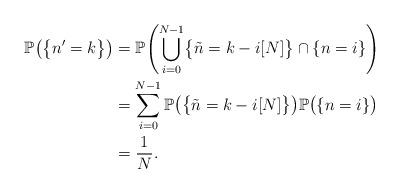
LaTeX: \begin{align*}\mathbb{P}\bigl(\bigl\lbrace n'=k\bigr\rbrace\bigr)&=\mathbb{P}\Biggl(\bigcup_{i=0}^{N-1}\bigl\lbrace\tilde{n}=k-i[N]\bigr\rbrace\cap\lbrace n=i\rbrace\Biggr)\\&=\sum_{i=0}^{N-1}\mathbb{P}\bigl(\bigl\lbrace\tilde{n}=k-i[N]\bigr\rbrace\bigr)\mathbb {P}\bigl(\lbrace n=i\rbrace\bigr)\\&=\frac{1}{N}.\end{align*}